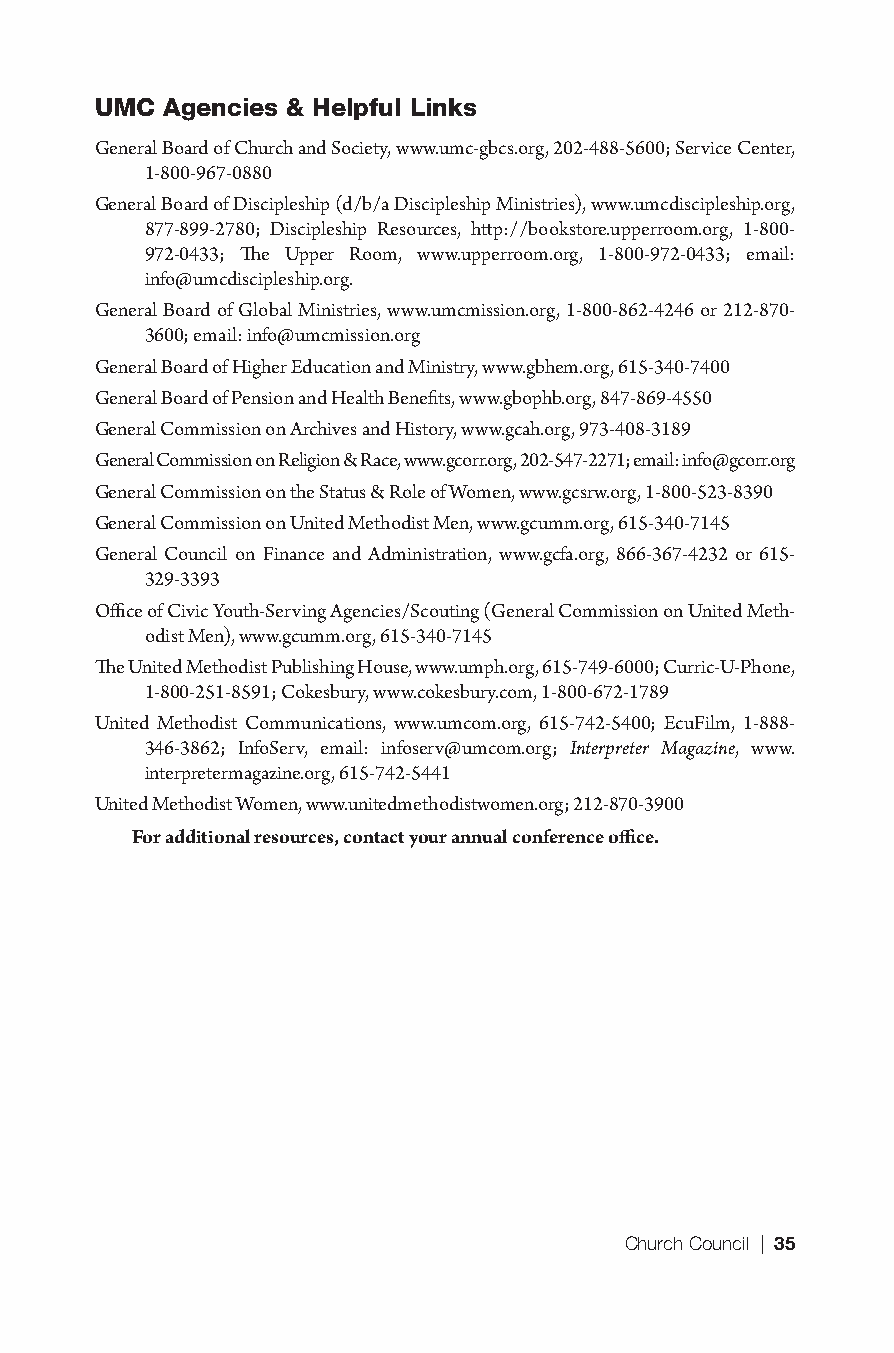
UMC  Agencies & Helpful Links
 General Board of Church and Society, www.umc-gbcs.org, 202-488-5600; Service Center,
 1-800-967-0880
 General Board of Discipleship (d/b/a Discipleship Ministries), www.umcdiscipleship.org,
 877-899-2780; Discipleship Resources, http://bookstore.upperroom.org, 1-800-
 972-0433; The Upper Room, www.upperroom.org, 1-800-972-0433; email:
 info@umcdiscipleship.org.
 General Board of Global Ministries, www.umcmission.org, 1-800-862-4246 or 212-870-
 3600; email: info@umcmission.org
 General Board of Higher Education and Ministry, www.gbhem.org, 615-340-7400
 General Board of Pension and Health Benefits, www.gbophb.org, 847-869-4550
 General Commission on Archives and History, www.gcah.org, 973-408-3189
 General Commission on Religion & Race, www.gcorr.org, 202-547-2271; email: info@gcorr.org
 General Commission on the Status & Role of Women, www.gcsrw.org, 1-800-523-8390
 General Commission on United Methodist Men, www.gcumm.org, 615-340-7145
 General Council on Finance and Administration, www.gcfa.org, 866-367-4232 or 615-
 329-3393
 Office of Civic Youth-Serving Agencies/Scouting (General Commission on United Meth-
 odist Men), www.gcumm.org, 615-340-7145
 The United Methodist Publishing House, www.umph.org, 615-749-6000; Curric-U-Phone,
 1-800-251-8591; Cokesbury, www.cokesbury.com, 1-800-672-1789
 United Methodist Communications, www.umcom.org, 615-742-5400; EcuFilm, 1-888-
 346-3862; InfoServ, email: infoserv@umcom.org; Interpreter Magazine, www.
 interpretermagazine.org, 615-742-5441
 United Methodist Women, www.unitedmethodistwomen.org; 212-870-3900
 For additional resources, contact your annual conference office.
 Church Council | 35
 9781501830303_INT_layout.indd 35                    8/8/16 9:37 AM